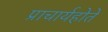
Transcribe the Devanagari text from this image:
प्राचार्यहोते